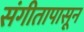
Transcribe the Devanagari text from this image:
संगीतापासून